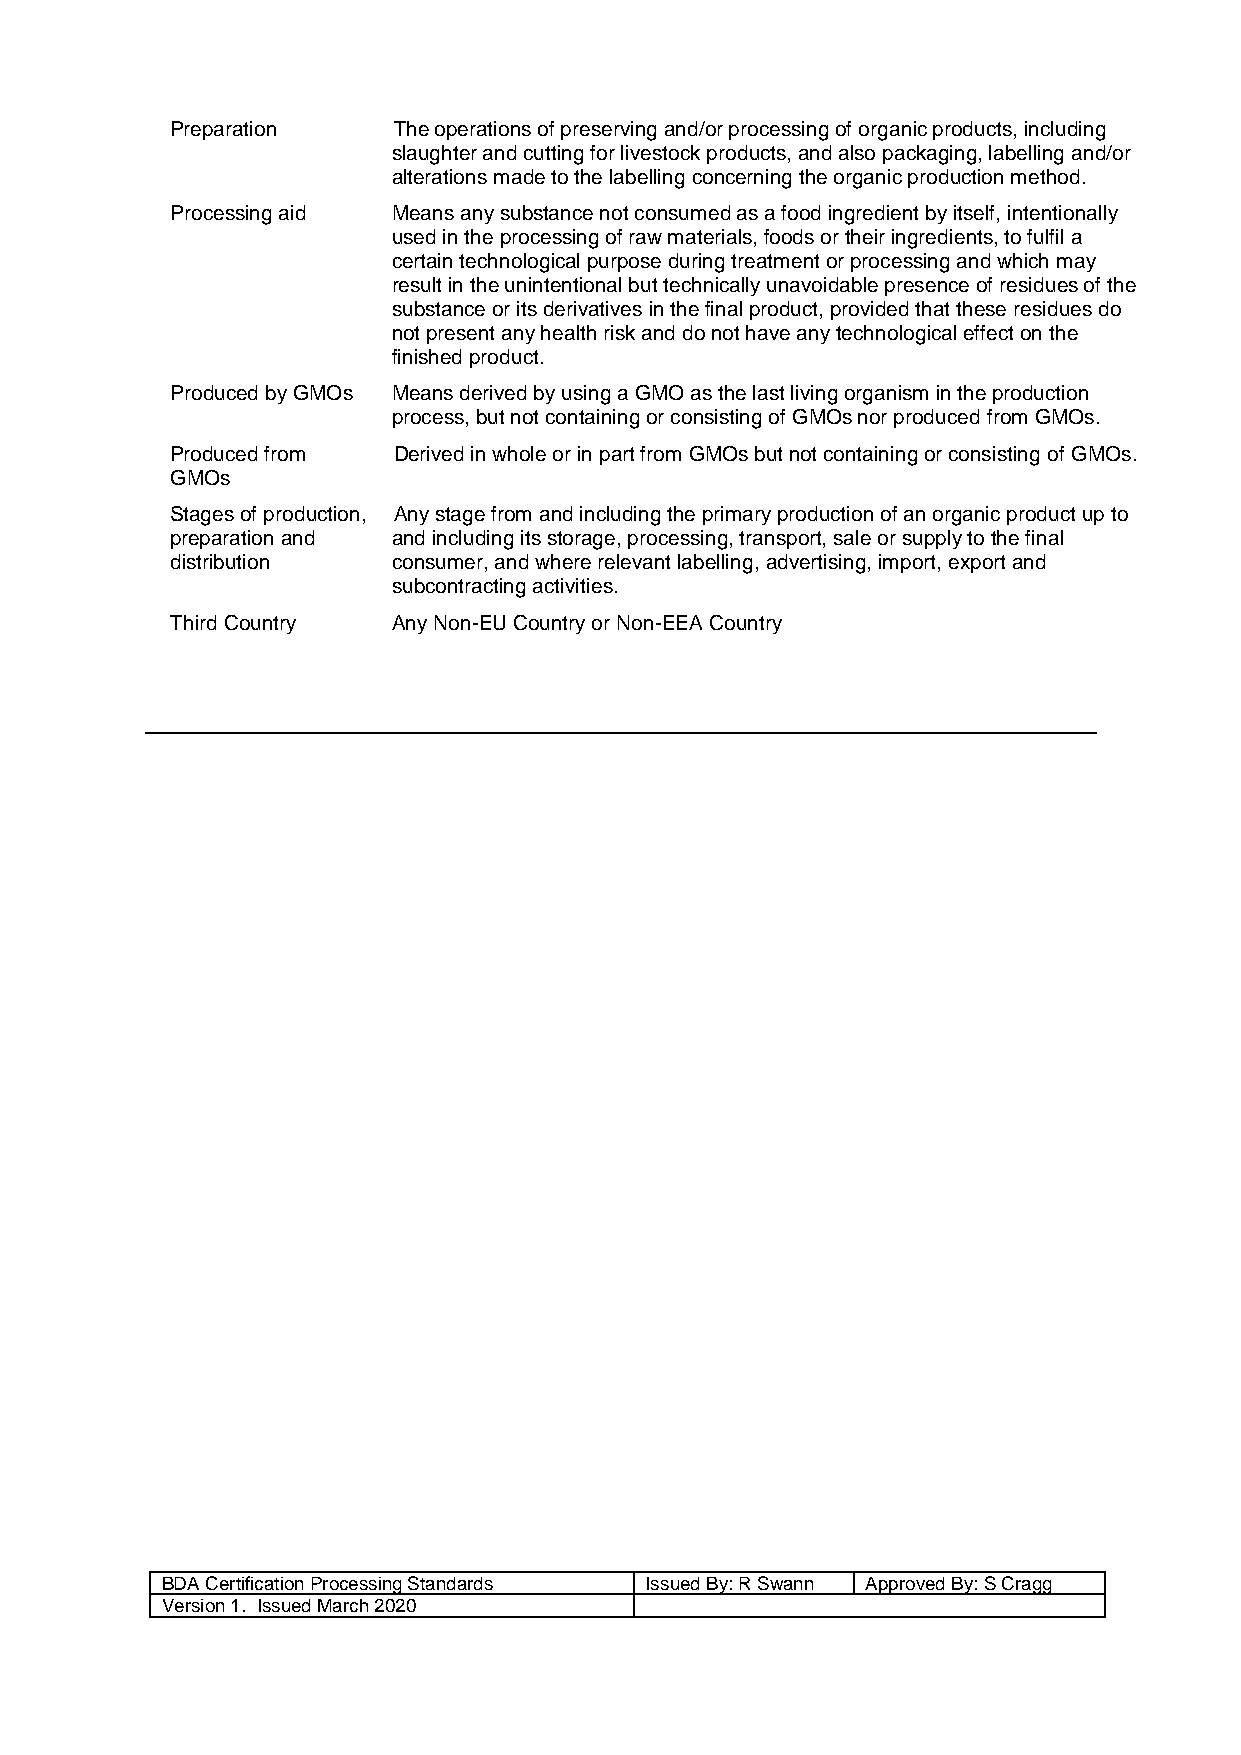
Preparation    The operations of preserving and/or processing of organic products, including
 slaughter and cutting for livestock products, and also packaging, labelling and/or
 alterations made to the labelling concerning the organic production method.
 Processing aid Means any substance not consumed as a food ingredient by itself, intentionally
 used in the processing of raw materials, foods or their ingredients, to fulfil a
 certain technological purpose during treatment or processing and which may
 result in the unintentional but technically unavoidable presence of residues of the
 substance or its derivatives in the final product, provided that these residues do
 not present any health risk and do not have any technological effect on the
 finished product.
 Produced by GMOs Means derived by using a GMO as the last living organism in the production
 process, but not containing or consisting of GMOs nor produced from GMOs.
 Produced from  Derived in whole or in part from GMOs but not containing or consisting of GMOs.
 GMOs
 Stages of production, Any stage from and including the primary production of an organic product up to
 preparation and and including its storage, processing, transport, sale or supply to the final
 distribution   consumer, and where relevant labelling, advertising, import, export and
 subcontracting activities.
 Third Country  Any Non-EU Country or Non-EEA Country
 BDA Certification Processing Standards Issued By: R Swann Approved By: S Cragg
 Version 1. Issued March 2020